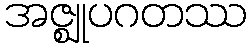
အဇ္ဈုပဂတဿ